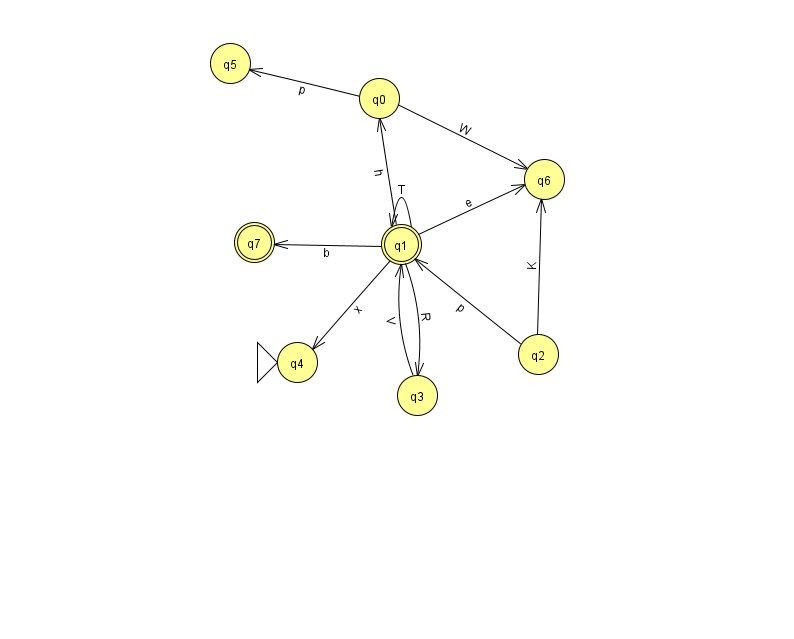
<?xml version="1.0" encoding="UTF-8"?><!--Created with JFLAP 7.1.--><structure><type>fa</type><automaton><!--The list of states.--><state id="0" name="q0"><x>379.0</x><y>85.0</y></state><state id="1" name="q1"><x>401.0</x><y>231.0</y><final/></state><state id="2" name="q2"><x>538.0</x><y>341.0</y></state><state id="3" name="q3"><x>417.0</x><y>382.0</y></state><state id="4" name="q4"><x>297.0</x><y>349.0</y><initial/></state><state id="5" name="q5"><x>230.0</x><y>50.0</y></state><state id="6" name="q6"><x>544.0</x><y>166.0</y></state><state id="7" name="q7"><x>254.0</x><y>229.0</y><final/></state><!--The list of transitions.--><transition><from>1</from><to>3</to><read>R</read></transition><transition><from>1</from><to>4</to><read>x</read></transition><transition><from>2</from><to>6</to><read>K</read></transition><transition><from>1</from><to>1</to><read>T</read></transition><transition><from>2</from><to>1</to><read>p</read></transition><transition><from>3</from><to>1</to><read>V</read></transition><transition><from>1</from><to>7</to><read>b</read></transition><transition><from>1</from><to>6</to><read>e</read></transition><transition><from>0</from><to>5</to><read>p</read></transition><transition><from>1</from><to>0</to><read>h</read></transition><transition><from>0</from><to>6</to><read>W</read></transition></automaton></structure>